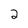
Character: 2